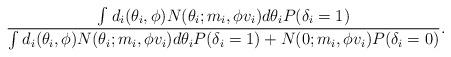
LaTeX: \begin{align*}\frac{\int_{}^{}\!\, d_i(\theta_i,\phi) N(\theta_i; m_i, \phi v_i) d \theta_i P(\delta_i=1)}{\int_{}^{}\!\, d_i(\theta_i,\phi) N(\theta_i; m_i, \phi v_i) d \theta_i P(\delta_i=1) + N(0; m_i, \phi v_i) P(\delta_i=0)}.\end{align*}